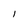
Character: I